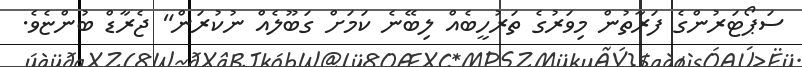
ސަޕޯޓަރުންގެ ފަރާތުން މިވަރުގެ ތަރުހީބެއް ލިބޭނެ ކަމަށް ގަބޫލެއް ނުކުރަން" ޖެރާޑް ބުންޏެވެ.